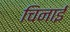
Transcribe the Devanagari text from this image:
चिनाईं